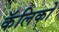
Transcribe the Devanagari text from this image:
कॅलिको